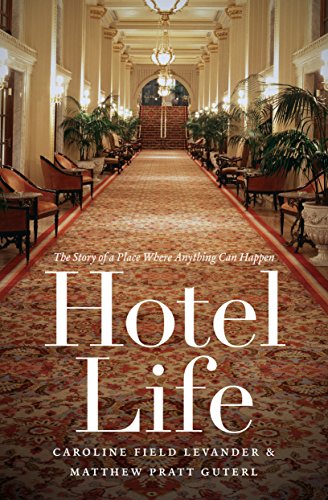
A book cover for Hotel Life: The Story of a Place Where Anything Can Happen; Caroline Field Levander; Travel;